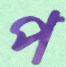
প